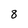
Character: 8